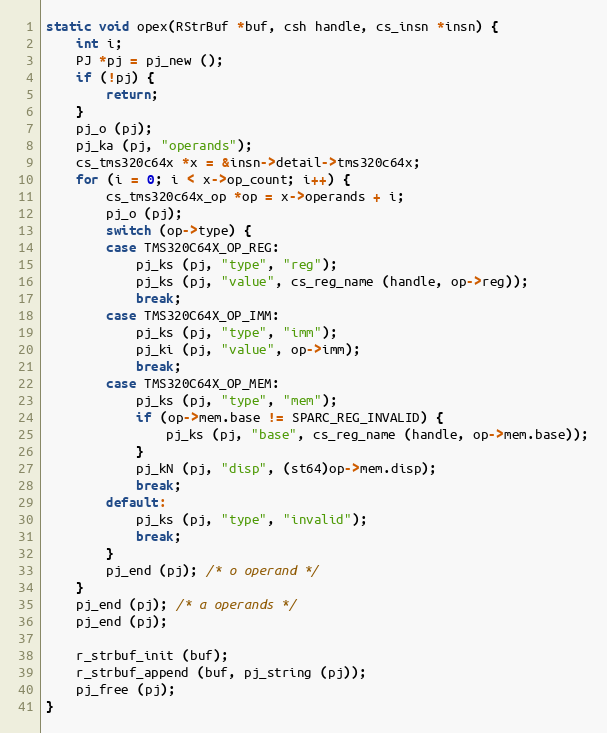
Language: C
static void opex(RStrBuf *buf, csh handle, cs_insn *insn) {
	int i;
	PJ *pj = pj_new ();
	if (!pj) {
		return;
	}
	pj_o (pj);
	pj_ka (pj, "operands");
	cs_tms320c64x *x = &insn->detail->tms320c64x;
	for (i = 0; i < x->op_count; i++) {
		cs_tms320c64x_op *op = x->operands + i;
		pj_o (pj);
		switch (op->type) {
		case TMS320C64X_OP_REG:
			pj_ks (pj, "type", "reg");
			pj_ks (pj, "value", cs_reg_name (handle, op->reg));
			break;
		case TMS320C64X_OP_IMM:
			pj_ks (pj, "type", "imm");
			pj_ki (pj, "value", op->imm);
			break;
		case TMS320C64X_OP_MEM:
			pj_ks (pj, "type", "mem");
			if (op->mem.base != SPARC_REG_INVALID) {
				pj_ks (pj, "base", cs_reg_name (handle, op->mem.base));
			}
			pj_kN (pj, "disp", (st64)op->mem.disp);
			break;
		default:
			pj_ks (pj, "type", "invalid");
			break;
		}
		pj_end (pj); /* o operand */
	}
	pj_end (pj); /* a operands */
	pj_end (pj);

	r_strbuf_init (buf);
	r_strbuf_append (buf, pj_string (pj));
	pj_free (pj);
}